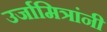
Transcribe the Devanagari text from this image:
उर्जामित्रांनी